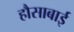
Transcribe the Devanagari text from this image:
हौसाबाई